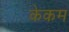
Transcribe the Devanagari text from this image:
केकम